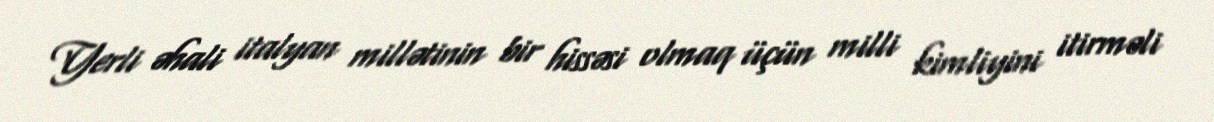
Yerli əhali italyan millətinin bir hissəsi olmaq üçün milli kimliyini itirməli